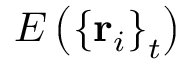
E \left( \left\{ \mathbf { r } _ { i } \right\} _ { t } \right)